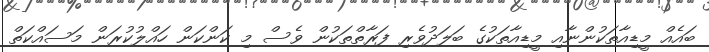
ބައެއް މީޑިއާތަކުންނާއި މީޑިއާތަކުގެ ބަލަދުވެރި ފަރާތްތަކުން ވެސް މި ކަންކަން ހައްލުކުރަން މަސައްކަތް